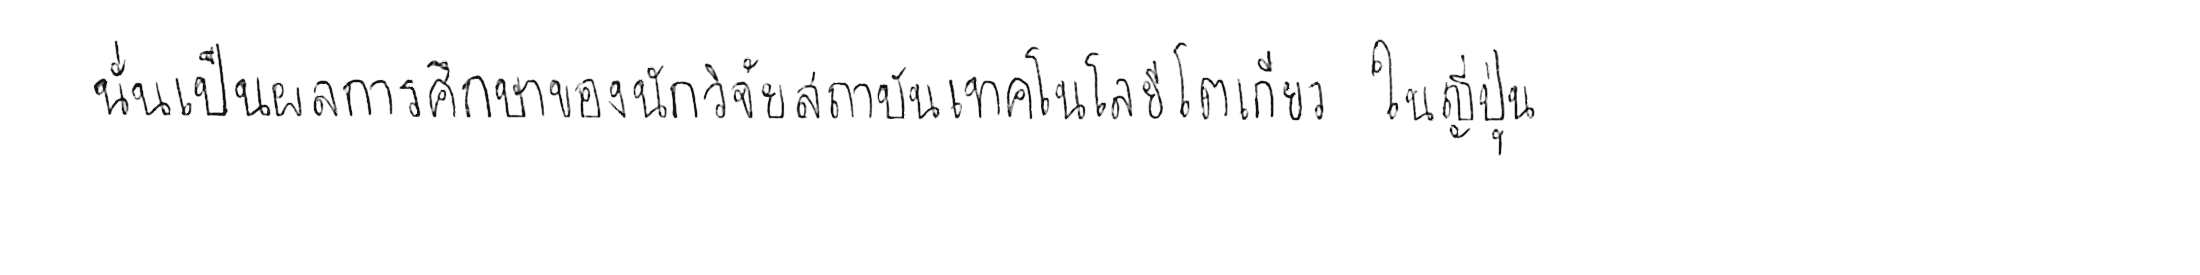
นั่นเป็นผลการศึกษาของนักวิจัยสถาบันเทคโนโลยีโตเกียว ในญี่ปุ่น